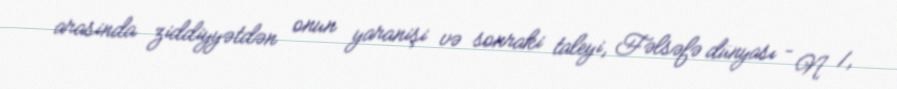
arasinda ziddiyyətdən onun yaranişi və sonraki taleyi, Fəlsəfə dünyası – N 1,